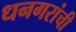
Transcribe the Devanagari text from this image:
धनगरांची